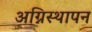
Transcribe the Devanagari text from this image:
अग्निस्थापन